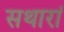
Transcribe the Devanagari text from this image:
सथारां